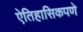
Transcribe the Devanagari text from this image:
ऐतिहासिकपणे